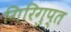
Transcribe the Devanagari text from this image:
गिरिगुप्त